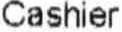
CASHIER